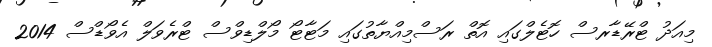
މިއަދު ޓްރޭޑާރސް ހޮޓެލްގައި އޮތް ރަސްމިއްޔާތުގައި މަޓާޓޯ މޯލްޑިވްސް ޓްރެވަލް އެވޯޑްސް 2014